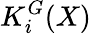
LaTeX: K_{i}^{G}(X)